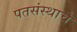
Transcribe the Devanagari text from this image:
पतसंस्थाचे